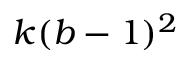
k ( b - 1 ) ^ { 2 }